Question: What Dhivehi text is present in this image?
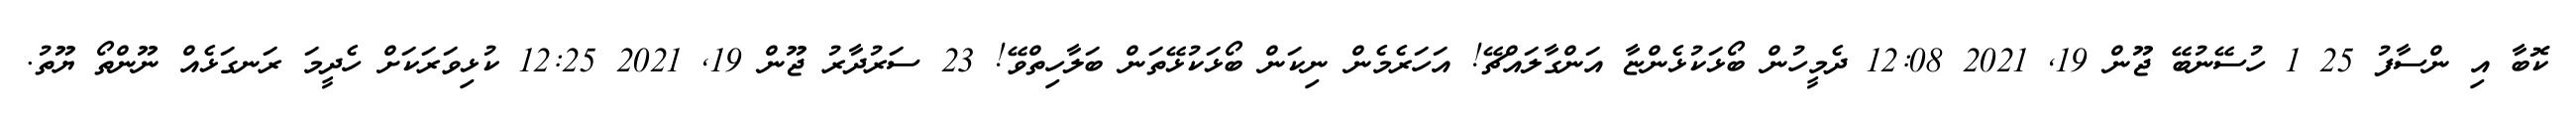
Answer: ކޮބާ އި ންސާފު 25 1 ހުސޭނުބޭ ޖޫން 19, 2021 12:08 ދެމީހުން ބޯޅަކުޅެންޏާ އަންގާލައްޗޭ! އަހަރެމެން ނިކަން ބޯޅަކުޅޭތަން ބަލާހިތްވޭ! 23 ސަރުދާރު ޖޫން 19, 2021 12:25 ކުޅިވަރަކަށް ހެދީމަ ރަނގަޅެއް ނޫންތޯ ޔޫތު.